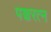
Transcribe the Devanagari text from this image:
पञ्चरत्न